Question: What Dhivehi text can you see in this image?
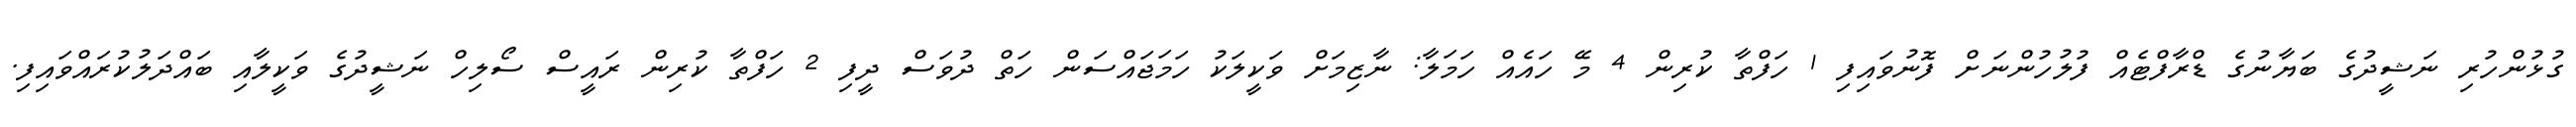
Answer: ގުޅުންހުރި ނަޝީދުގެ ބަޔާނުގެ ޑްރާފްޓެއް ފުލުހުންނަށް ފޮނުވައިފި 1 ހަފްތާ ކުރިން 4 މޭ ހައެއް ހަމަލާ: ނާޒިމަށް ވަކީލަކު ހަމަޖައްސަން ހަތް ދުވަސް ދީފި 2 ހަފްތާ ކުރިން ރައީސް ސޯލިހް ނަޝީދުގެ ވަކީލާއި ބައްދަލުކުރައްވައިފި.